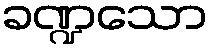
ခဏ္ဍသော